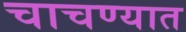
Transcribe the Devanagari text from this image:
चाचण्यात